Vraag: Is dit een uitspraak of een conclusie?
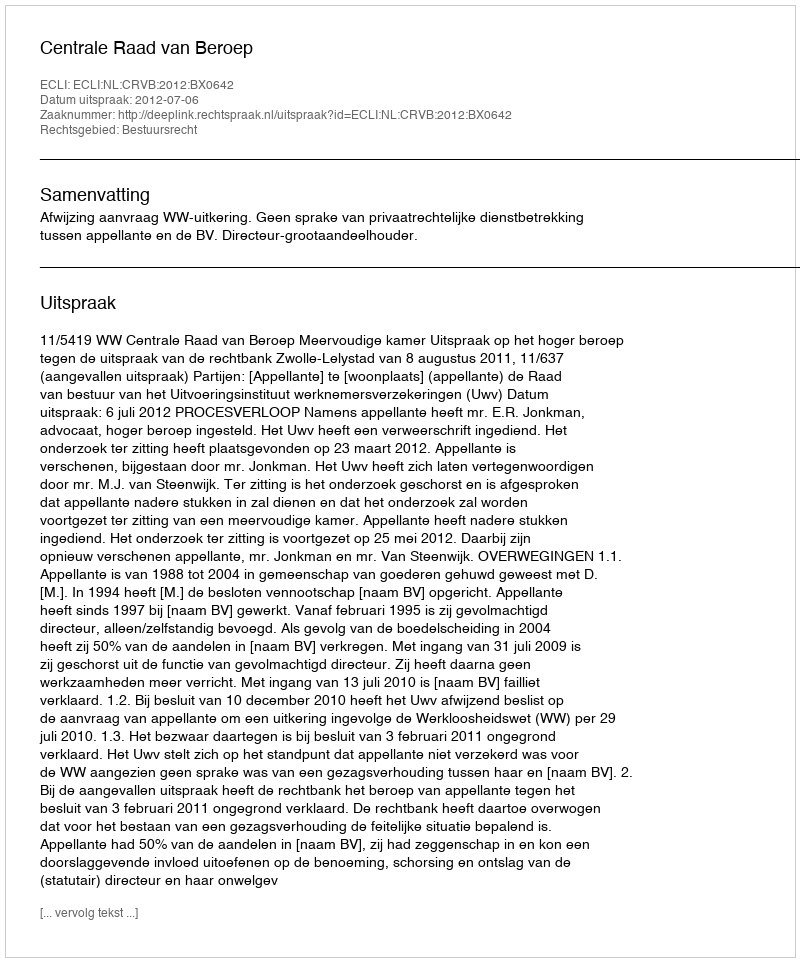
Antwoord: Uitspraak